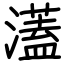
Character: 濭